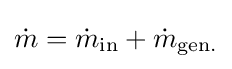
{\dot {m}}={\dot {m}}_{\text{in}}+{\dot {m}}_{\text{gen.}}